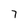
Character: 7